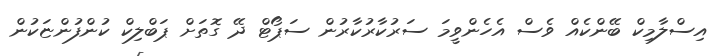
އިސްލާމިކް ބޭންކެއް ވެސް އެހެންވީމަ ސަރުކާރުކާރުން ސަޕޯޓް ދޭ ގޮތަށް ޕަބްލިކް ކުންފުންޏަކުން